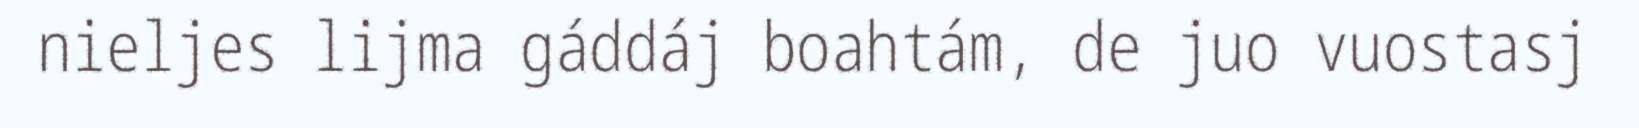
nieljes lijma gáddáj boahtám, de juo vuostasj